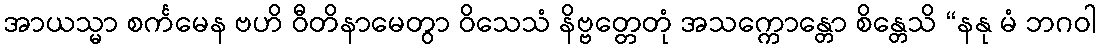
အာယသ္မာ စင်္ကမေန ဗဟိ ဝီတိနာမေတွာ ဝိသေသံ နိဗ္ဗတ္တေတုံ အသက္ကောန္တော စိန္တေသိ “နနု မံ ဘဂဝါ